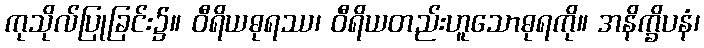
ကုသိုလ်ပြုခြင်း၌။ ဝီရိယဓုရဿ၊ ဝီရိယတည်းဟူသောဓုရကို။ အနိက္ခိပနံ၊